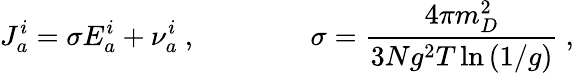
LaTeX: J_{a}^{i}=\sigma E_{a}^{i}+\nu_{a}^{i}\ ,\quad\quad\quad\quad\sigma=\frac{4\pi m_{D}^{2}}{3Ng^{2}T\ln\left(1/g\right)}\ ,